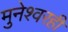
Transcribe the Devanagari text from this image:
मुनेश्वरही